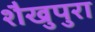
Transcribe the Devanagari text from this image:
शैखुपुरा